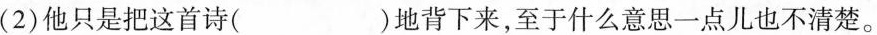
(2)他只是把这首诗( )地背下来，至于什么意思一点儿也不清楚。